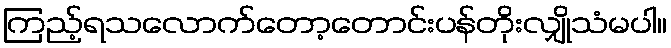
ကြည့်ရသလောက်တော့တောင်းပန်တိုးလျှိုသံမပါ။